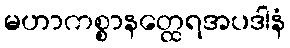
မဟာကစ္စာနတ္ထေရအပဒါနံ